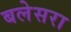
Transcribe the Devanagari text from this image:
बलेसरा